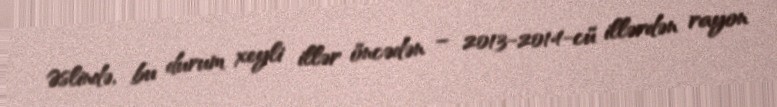
Əslində, bu durum xeyli illər öncədən – 2013-2014-cü illərdən rayon